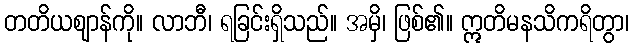
တတိယဈာန်ကို။ လာဘီ၊ ရခြင်းရှိသည်။ အမှိ၊ ဖြစ်၏။ ဣတိမနသိကရိတွာ၊